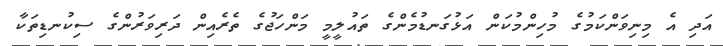
އަދި އެެ މިނިވަންކަމުގެ މުހިންމުކަން އަޅުގަނޑުމެންގެ ތައުލީމީ މަންހަޖުގެ ތެރެއިން ދަރިވަރުންގެ ސިކުނޑިތަކާ